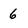
Character: 6